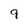
Character: 9